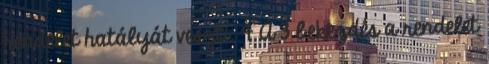
rendelet hatályát veszti. 4 A 3 bekezdés a rendelet